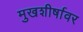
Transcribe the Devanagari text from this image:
मुखशीर्षावर